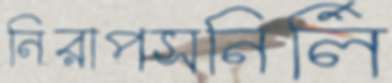
নিরাপসনির্লি